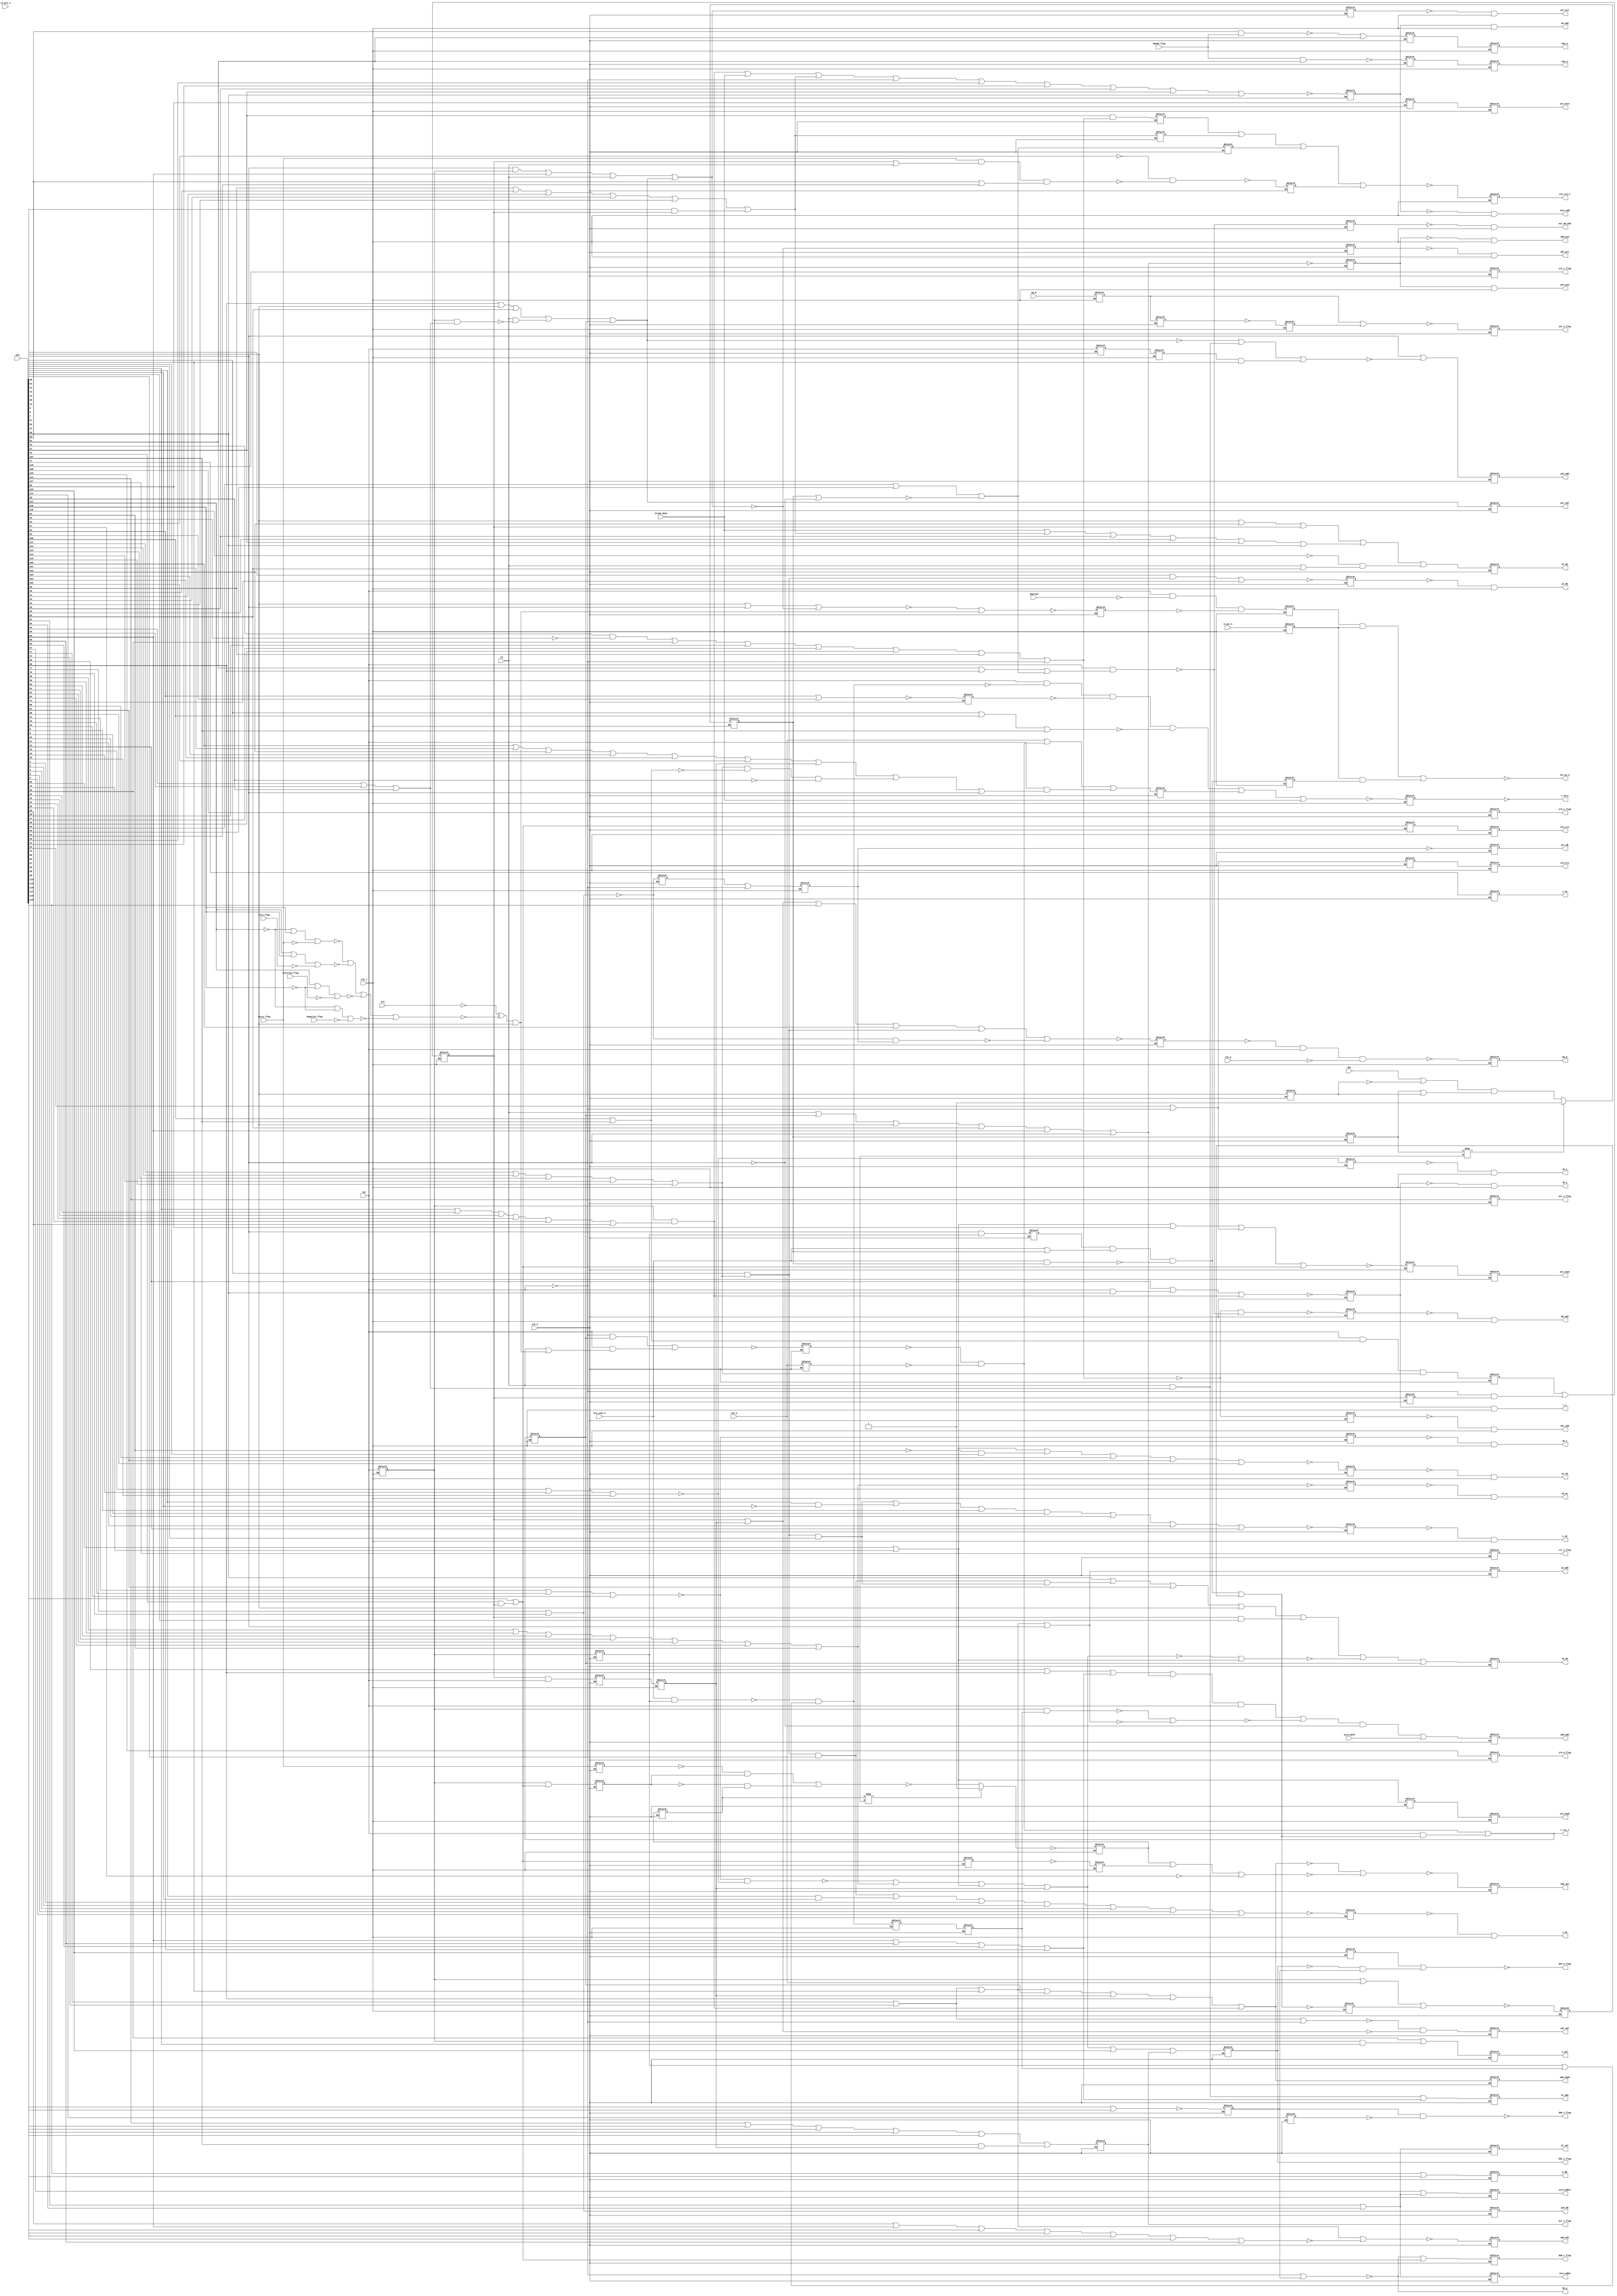
module random_control_logic(
  input clk_1,            //net: 710
  input clk_2,            //net: 943
  input SO_N,             //net: 1672; set overflow input pin
  input [129:0] pla,      //from rom_decode module
  input rdy,              //opposite polarity of net:248
  input res_p,            //net: 67;   clocked and inverted version of RESET_N input pin
  input res_g,            //net: 926;  reset in progress;
  input b_out_n,          //net: 827;  break in progress
  input implied,          //net: 1019; op code with implied addressing
  input tz_pre_n,         //net: 792;  indicates a two cycle opcode
  input t0,               //net: 646;  positive version of timing signal timing_n[0]
  input ir5,              //net: 1329; instruction register[5]
  input db7,              //net: 493;  data bus bit 7 used to test negativity
  input alu_cout_n,       //net: 206;  alu carry out (active low);
  input break_done,       //net: 1382; from interrupt and reset control;
  input zero_adl0,        //net: 217;  zero address low register bit 0;
  input carry_flag,       //net: 32;   processor status flag for carry
  input zero_flag,        //net: 627;  processor status flag for zero
  input negative_flag,    //net: 69;   processor status flag for negative
  input overflow_flag,    //net: 625;  processor status flag for negative
  input dmode_flag,       //net: 348;  processor status flag decimal mode
  output reg dl_db,       //net: 863;  drive data latch (dl) contents onto internal data bus (db)
  output reg dl_adl,      //net: 1564; drive data latch (dl) contents onto address data low (adl) bus
  output reg dl_adh,      //net: 41;   drive data latch (dl) contents onto address data high (adh) bus
  output reg zero_adh0,   //net: 229;  drive bit 0 of the address data high (adh) bus low
  output reg zero_adh17,  //net: 203   drive bits 1-7 of address dta high (adh) bus low
  output reg adh_abh,     //net: 821;  load address data high (adh) bus into address bus high reg (abh)
  output reg adl_abl,     //net: 639;  load address data low (adl) bus into address bus low reg (abl)
  output pcl_pcl,         //net: 898;  load program counter low select reg from program counter low reg
  output adl_pcl,         //net: 414;  load the program counter low select reg from the adl
  output inc_pc_n,        //net: 379;  increment the program counter (active low)
  output reg pcl_db,      //net: 283;  drive program counter low (pdcl) reg on to internal data bus (db);
  output reg pcl_adl,     //net: 438;  drive program counter low (pcl) register onto address data low (adl) bus
  output pch_pch,         //net: 741;  load program counter high select reg from program counter high reg
  output adh_pch,         //net: 48;   load program counter high select reg from address data high (adh) bus
  output reg pch_db,      //net: 247;  drive program counter high reg on to internal data bus;
  output reg pch_adh,     //net: 1235; driver program counter high (pch) reg onto address data high (adh) bus
  output reg sb_adh,      //net: 140;  connect speical bus (sb) to address data high (adh) bus with pass mossfets
  output reg sb_db,       //net: 1060; connect special bus (sb) to internal data bus (db) with pass mosfets
  output reg s_adl,       //net: 1468; drive stack pointer register onto address data low bus.
  output sb_s,            //net: 874;  load stack pointer register with contents of special bus.
  output s_s,             //net: 654;  immeidately pass stack pointer register input to stack pointer register output
  output reg s_sb,        //net: 1700; drive stack pointer register contents onto special bus
  output sb_ac,           //net: 534;  load the accumulator from the special bus decimal adjust adders
  output ac_db,           //net: 1331; drive accumulator contents onto internal data bus
  output ac_sb,           //net: 1698; drive accumulator contents onto special bus
  output sb_x,            //net: 1186; load special bus into x index register
  output x_sb,            //net: 1263; drive x index register contents onto special bus
  output sb_y,            //net: 325;  load special bus into y index register
  output y_sb,            //net: 801;  drive y index register contents onto special bus
  output not_db_add,      //net: 1068; load the negative value of the internal data bus into the b-side alu register
  output db_add,          //net: 859;  load internal data bus into b-side alu register
  output adl_add,         //net: 437;  load address data low bus into b-side alu register
  output reg daa_n,       //net: 1201; decimal add adjust
  output reg dsa_n,       //net: 725;  decimal subtract adjust
  output reg alu_cin_n,   //net: 1165; alu carry input
  output reg alu_sums,    //net: 921;  alu: a + b
  output reg alu_ands,    //net: 574   alu: a & b
  output reg alu_eors,    //net: 1666  alu: a ^ b; exclusive or
  output reg alu_ors,     //net: 59    alu: a | b
  output reg alu_srs,     //net: 362   alu: shift right
  output reg add_adl,     //net: 1015; load the address data low bus contents into the a-side alu register.
  output reg add_sb06,    //net: 129;  drive bits 0-6 of the adder hold register onto bits 0-6 of the special bus.
  output reg add_sb7,     //net: 214;  drive bit 7 of the adder hold register onto bit 7 of the special bus.
  output zero_add,        //net: 984;  load zero into a-side register of alu
  output sb_add,          //net: 549;  load special bus (sb) into b-side register of alu
  output reg p_db,        //net: 1042; drive processor status register (p) contents onto internal data bus (db).
  output reg db0_c_flag,  //net: 507;  set the carry flag according to bit 0 of the databus.
  output reg ir5_c_flag,  //net: 253;  set the carry flag according to instruction register bit 5.
  output reg acr_c_flag,  //net: 954;  set the carry flag according to alu carry out
  output db7_n_flag,      //net: 754;  set the negative_flag according to bit 7 of the databus
  output reg dbz_z_flag,  //net: 755;  set the zero flag if internal data bus equals zero, otherwise clear it
  output reg ir5_i_flag,  //net: 1662; set the interrupt mask flag according to instruction register bit 5.
  output reg ir5_d_flag,  //net: 1492; set the dmode_flag (decimal mode flag) according to instruction register bit 5.
  output db6_v_flag,      //net: 1111; set the overflow_flag according to bit 6 of the databus.
  output reg avr_v_flag,  //net: 1436; set the overflow flag according to the alu overflow output
  output reg set_v_flag,  //net: 1177; set overflow flag
  output reg clr_v_flag,  //net: 587;  clear overflow flag
  output db_p,            //net: 781;  load internal databus into processor status register
  output t_zero,          //net: 1357; reset timing registers
  output t_res_1,         //net: 109;  reset timing register 1 (aka sync when latched on c1)
  output reg RW_N         //net: 1156; read/write (low = write);
  );
  /*************************************************************************************************
   *
   *                                   t_zero
   *
   * t_zero is used to reset the timing signals
   *
   *************************************************************************************************/
   reg t_res_x_c1;   //net: 1528; same as net: 223
   assign t_zero = ~t_res_x_c1; //net: 1357

  /*
   * alu_cout_held_if_not_rdy (aka ACRL2); net: 916
   * alu_cout value held when rdy_c1_c2 goes low.  If rdy_c1_c2 is high,
   * then alu_cout_held_if_not_rdy just takes on the value of ~alu__cout_n
   */
  reg rdy_c1;       //net: 608 (net 1262 is the same)
  reg rdy_c1_c2;    //net: 853
  reg alu_cout_held_if_not_rdy_c1; //net: 1409
  reg alu_cout_held_if_not_rdy_c1_c2; ////net: 572 (aka ACRL1)
  wire alu_cout_held_if_not_rdy = ~(alu_cout_n & rdy_c1_c2) & (rdy_c1_c2 | alu_cout_held_if_not_rdy_c1_c2); //net: 916

 /*
  * short_circuit_idx_add; net: 1185
  * short_circuit_idx_add is used to short-cirucit the timing cycle (via t_res_x)
  * for indexed addressing.
  */
  reg ind_y_or_abs_idx;  //net: 729; pla[91:92]: x-op-T4-ind-y, x-op-T3-abs-idx
  //pla[97,106,107]: op-store, op-lsr/ror/dec/inc, op-asl/rol
  wire op_shift_or_store = pla[97] | pla[106] | pla[107]; //net: 1137
  wire short_circuit_idx_add = rdy & ~alu_cout_held_if_not_rdy & ~ind_y_or_abs_idx & ~op_shift_or_store; //net: 1185

  /*
  * op_mem_no_shift_inc_dec; net: 510
  * determines if the current opcode is doing a memory operation but not a memory shift, increment or decrement
  */
  //pla[111, 122-125]: op-T3-mem-zp-idx, op-T3-mem-abs, op-T2-mem-zp, op-T5-mem-ind-idx, op-T4-mem-abs-idx
  wire op_mem_n = ~(pla[111] | pla[122] | pla[123] | pla[124] | pla[125]); //net: 347
  wire op_shift_inc_dec_n = ~(pla[106] | pla[107]); //net: 790; pla[106,107]: op-lsr/ror/dec/inc, op-asl/rol
  wire op_mem_no_shift_inc_dec = ~op_mem_n & op_shift_inc_dec_n & ~pla[96]; //net: 510;  pla[96]: x-op-jmp

  /*
  * shift_inc_dec_mem_c1; net: 440
  * clocked versions of op_shift_inc_dec_n & op_mem_n combined with rdy
  * if high, cpu is doing a shift or increment or decrement in memory and rdy is high
  * if rdy is low, hold the current value
  */
  reg shift_inc_dec_mem_c1; //net: 440 (aka t5)
  reg shift_inc_dec_mem_c1_c2; //net: 151
  reg op_shift_inc_dec_mem_c2; //net: 456
  wire op_shift_inc_dec_mem = rdy & ~op_shift_inc_dec_n & ~op_mem_n; //net: 191
  wire shift_inc_dec_mem = op_shift_inc_dec_mem_c2 | (~rdy & shift_inc_dec_mem_c1_c2);  //opposite polarity of net: 1039

  /*
  * shift_inc_dec_mem_rdy_c2_c1: net 1258
  * a further check with rdy and then gated on clk_2 then clk_1
  */
  reg shift_inc_dec_mem_rdy_c2; //net: 1497
  reg shift_inc_dec_mem_rdy_c2_c1; //net: 1258 (aka t6)
  wire shift_inc_dec_mem_rdy = shift_inc_dec_mem_c1 & rdy; //opposite polarity of net: 504

  /*
  * force_t_res_x_c2: net 238
  */
  reg force_t_res_x_c2; //net 238
  //op_stack is high when doing an opcode that requires pushing or pulling from the stack;
  //pla[100:105]: op-T2-php/pha, op-T4-jmp, op-T5-rti/rts, xx-op-T5-jsr, op-T2-jmp-abs, x-op-T3-plp/pla
  wire op_stack = pla[100] | pla[101] | pla[102] | pla[103] | pla[104] | pla[105]; //net; 218
  wire end_x = ~(op_stack | shift_inc_dec_mem_rdy_c2_c1 | op_mem_no_shift_inc_dec | pla[93]); //net: 1716; pla[93]: op-t3-branch
  wire end_x_rdy = rdy & ~end_x; //net: 180
  wire force_t_res_x = res_p  | pre_fetch_rdy | end_x_rdy; //opposite polarity of net: 501

  /*
  * t_res_x; net: 1215
  * t_res_x is captured on clk_1 to genrate t_res_x_c1 (aka ~T_ZERO)
  * t_res_x_c1 has the opposite polarity of net:1357 used to clear the timing registers.
  */
  wire t_res_x = ~(short_circuit_idx_add | force_t_res_x_c2 | break_done); //net: 1215


  /*************************************************************************************************
  *
  *                          logic for t_res_1_c1 (same as SYNC)
  *
  *************************************************************************************************/
  reg t_res_1_c1;   //net: 1161;  same as sync; same as net: 862

  /*
  * br_taken_n; net: 1544
  * Logic that determines whether a branch will be taken or not.
  */
  //pla[121, 126]: ir[6], ir[7]
  wire br_carry_met = ~(~pla[121] | pla[126] | ~carry_flag);       //net: 307
  wire br_zero_met = ~(pla[121] | pla[126] | ~zero_flag);          //net: 1293
  wire br_negative_met = ~(~pla[121] | ~pla[126] | ~negative_flag); //net: 1371
  wire br_overflow_met = ~(pla[121] | ~pla[126] | ~overflow_flag); //net: 1433
  wire br_cond_met_n =  ~(br_carry_met | br_zero_met | br_overflow_met | br_negative_met); //net: 620
  wire br_taken_n = ~ir5 ^ br_cond_met_n;  //branch taken; net: 1544

  /*
  * pre_fetch_rdy; net: 819
  * Logic that determines whether the cpu should fetch on the next C1 cycle or not.
  */
  reg res_p_c2; //net: 449
  reg pre_fetch_n_c2; //net: 596
  wire t2_br_taken_n = br_taken_n & pla[80]; //net: 1172; (pla[80] aka nnT2br)
  wire hold_sync = ~rdy & t_res_1_c1;
  wire pre_fetch_n = ~(hold_sync | (rdy & (t0 | t2_br_taken_n))); //net: 1085
  wire pre_fetch_rdy = ~pre_fetch_n_c2 & ~res_p_c2; //net: 819

  /*
  * short_circuit_branch_add; net: 430
  * deterimines if we need to short circuit the timing cycle and force a SYNC due to
  * a branch add.
  */
  reg t2_br_c2; //c2 latched version of pla[80]; net: 1269
  reg branch_back_c1; //net: 756; same as net: 771 which is 756 doubly negated
  reg branch_back_c1_c2; //net 1198
  //since branch_back depends on a circular path with branch_back_c1_c2 we need a few clock cycles to stabilize
  wire branch_back = (branch_back_c1_c2 === 1'bx) ? 1'b1 : (db7 | ~t2_br_c2) & (branch_back_c1_c2 | t2_br_c2); //net: 626
  reg op_t3_branch_rdy_c2; //net: 899; opposite polarity of net: 850
  wire op_t3_branch_rdy = pla[93] & rdy_c1_c2; //net: 19
  wire branch_back_or_carry = alu_cout_n | branch_back_c1;
  wire branch_back_and_carry = alu_cout_n & branch_back_c1;
  wire short_circuit_branch_add = op_t3_branch_rdy_c2 & branch_back_or_carry & ~branch_back_and_carry; //net: 430

  /*
  * t_res_1; net: 109
  * Essentially SYNC but before being captured on C1.
  */
  reg short_circuit_n_c1;   //net: 323
  reg short_circuit_hold_c2; //net: 294
  wire short_circuit_hold = ~(rdy_c1 | res_p | short_circuit_n_c1); //net: 14
  wire short_circuit_n = ~(short_circuit_branch_add | short_circuit_hold_c2); //net: 959
  wire short_circuit_rdy = rdy & ~short_circuit_n; //net: 1154
  assign t_res_1 = pre_fetch_rdy | short_circuit_rdy; //net: 109

  /*************************************************************************************************
  *
  *                          dl_db
  *  Drive input data latch contents onto internal data bus.
  *  There are several cases where we need to load the data onto the internal data bus:
  *     - a break needs to load a vector into the program counters
  *     - we are pulling from the stack into the accumulator or the status register
  *     - we need to store the offset of a relative branch into the stack pointer
  *     - we are doing an indexed operation and need to load the oeprand into the alu
  *     - we are doing a compare and need to load the operand into the alu
  *     - we are doing a math operation and need to load the operand into the alu
  *     - we are loading the x or y registers
  *
  *************************************************************************************************/
  //pla[39-43]: op-T3-ind-x, op-T4-ind-y, op-T2-ind-y, op-T3-abs-idx, op-plp/pla
  wire op_indexed_or_stack_pull = pla[39] | pla[40] | pla[41] | pla[42] | pla[43];
  wire inc_sb = op_indexed_or_stack_pull | (pla[44] & shift_inc_dec_mem_c1); //net: 389; increment special bus; pla[44] = op-inc/nop
  //pla[45]-pla[48]: op-T4-ind-x, x-op-T3-ind-y, op-rti/rts, op-T2-jsr
  wire dl_db_input1 = break_done | inc_sb | pla[45] | pla[46] | pla[47] | pla[48]; //net: 847
  //pla[128] = op-implied, pla[84] = op-T2-abs-access
  wire t0_or_t2_abs = ~pla[128] & (t0 | pla[83]); //net: 275; pla[128] is net: 1006 (twice negated to get net: 1697)
  //pla[80] = op-T2-branch, pla[102] = op-T5-rti/rts
  wire pre_dlb_db_n = ~(pla[80] | pla[102] | shift_inc_dec_mem_c1 | dl_db_input1 | t0_or_t2_abs); //net: 104

  /*************************************************************************************************
  *
  *                          dl_adl & dl_adh
  *  dl_adl = Drive data latch contents onto internal address low bus
  *  dl_adh = Drive data latch contents onto internal address high bus
  *
  *  dl_adl is used when we are doing a zero page operation and need to load the address low bus
  *
  *  dl_adh is used in the following cases:
  *     - we are returning from a break or jsr and the stack has placed the return address on the data bus
  *     - we are doing an indrect address instruction and the operand holds the address of the address we need
  *
  *************************************************************************************************/
  //dl_adl; net: 1564 (buffer of net 291)
  //pla[81-82]: op-T2-zp/zp-idx, op-T2-ind
  wire pre_dl_adl_n = ~(pla[81] | pla[82]); //net: 1225; zero page, zero page indexed or indirect

  //dl_adh; net: 41 (buffer of net 1277)
  //pla[94-96]: op-brk/rti, op-jsr, x-op-jmp
  wire jump_break_n = ~(pla[94] | pla[95] | pla[96]); //net: 134
  wire dl_pch = t0 & ~jump_break_n; //net: 467; //stack has placed return address on data bus
  //pla[84], pla[89-90]: op-T5-rts, op-T5-ind-x, op-T3-abs/idx/ind, x-op-T4-ind-y
  wire indirect = (pla[84] | pla[89] | pla[90] | pla[91]); //net: 630
  wire pre_dl_adh_n = ~(dl_pch | indirect); //net: 1705

 /*************************************************************************************************
 *
 *                          zero_adh0 & zero_adh17
 * zero-adh0  = Set address high bus bit 0 to zero
 * zero_adh17 = set address high bus bits 1 through 7 to zero.
 *
 * Used for the following cases:
 *   - to clear the entire address high bus when doing a zero page operation (ie; dl_adl)
 *   - we are accessing the stack and need to zero out bits 1 through 7 of the address high bus
 *
 *************************************************************************************************/
 //zero_adh0 is the same as dl_adl so no extra logic required for zero_adh0
 wire pre_zero_adh17_n = ~(pla[57] | ~pre_dl_adl_n); //net: 1090; pla[57] is opt-t2-stack-access

 /*************************************************************************************************
 *
 *                                      sb_adh
 * Enable pass mosfets to connect the special bus with the address data high bus.
 *
 * Used in the following cases:
 *  - we are doing an absolute indexed operation and need to to math on the address (pla[71])
 *  - we are doing an indirect, y operation and need to do math on the address (pla[72])
 *  - we are doing a relative branch and need to add the offset to the current address (pla[93])
 *  - we are doing a relative branch and need to load the final address from the alu (pla[73])
 *
 *************************************************************************************************/
 //sb_adh: net: 140 (buffer of net 1596)
 //adh_math = op-T4-abs-idx | op-T5-ind-y | op-branch-done;
 wire adh_math = (pla[71] | pla[72] | pla[73]); //net: 192
 //pla[93] is net:660 and twice inverted is net: 236; opt-t3-branch aka br_3
 wire pre_sb_adh_n = ~(adh_math | pla[93]); //net: 506;

 /*************************************************************************************************
 *
 *                                  adh_pch & pch_pch
 * adh_pch = Drive address high bus into program counter high select register.
 * pch_pch = Drive program counter high register into program counter high select register.
 *
 * adh_pch loads the program counter high select register so it can be incremented:
 *   - after a prefetch cycle (t0)
 *   - after a fetch cycle (t_res_1_c1 aka sync)
 *   - after a t2 branch cycle (pla[80])
 *   - after a t2 absolute access cycle (pla[83]) to lead the new address
 *   - after a t5 rts cycle in order to load the return address (pla[84])
 *   - after a t3 branch cycle to lead the new address (pla[93])
 *
 * pch_pch loads the program counter high select register from the program counter high register
 * and occurs on cycles where we are not loading the select register from the address high data bus (adh_pch)
 *
 *************************************************************************************************/
 //adh_pch: net: 48 (buffer of net 21)
 reg pre_adh_pch_n_c2; //net: 1162
 //pla[80, 83, 84, 93]: op-T2-branch, op-T2-abs-access, op-T5-rts, op_t3_branch
 wire pre_adh_pch_n = ~(t0 | t_res_1_c1 | pla[80] | pla[83] | pla[84] | pla[93]); //net: 272
 assign adh_pch = (~pre_adh_pch_n_c2 & clk_1); //net: 21 (then buffered to become net: 48)

 //pch_pch; net: 741 (buffer of net 611)
 assign pch_pch = (pre_adh_pch_n_c2 & clk_1);  //net: 611 (then buffered to become net: 741)

 /*************************************************************************************************
 *
 *                                  adh_abh
 * load address data high bus into address bus high register.
 *
 * We usually load the address bus high (abh) register with the address data high (adh) bus unless we are
 * using the adh for break, stack pull, jsr, or math operations on the address needed by indexed operations
 *
 *************************************************************************************************/
 //adh_abh; net: 821 (buffer of net 582)
 //pla[28] = net 788 = t2; pla[56] = net 776 and twice inverted to give 1002 as equivalent as op-t5-jsr
 wire using_adh_n = ~(pla[28] | pla[56] | indirect | ~pre_adh_pch_n); //net: 152; using adh for math, stack, etc
 wire using_adh_rdy = ~using_adh_n & rdy; //net: 1343
 wire hold_cout_n = ~(rdy_c1 & alu_cout_held_if_not_rdy_c1_c2);  //net: 933
 wire hold_cout_or_sb_adh = ~(hold_cout_n | pre_sb_adh_n); //net: 877
 wire adh_in_use = using_adh_rdy | hold_cout_or_sb_adh;
 wire pre_adh_abh_n = ~((adh_in_use & ~pla[93]) |  zero_adl0); //net: 696; pla[93] is opt-t3-branch

 /*************************************************************************************************
 *
 *                                  adl_abl
 * load address data low bus into address bus low register.
 *
 * We almost always load the address bus low (abl) register with the  address data low (adl) bus
 * on every cycle.  The exceptions are:
 *    - do not load when calculating absolute indexed address
 *    - do not load when calculating indirect, y address
 *    - do not load during a shift in memory operation which takes a few cycles
 *
 *************************************************************************************************/
 //adl_abl; net: 639 (buffer of net 220)
 wire t4_abs_idx_or_t5_ind_y_n = ~(pla[71] | pla[72] | ~rdy); //net: 46; pla[71,71]: t4-abs-idx, t5-ind-y
 wire t5_t6_n = ~(shift_inc_dec_mem_c1 | shift_inc_dec_mem_rdy_c2_c1);
 wire pre_adl_abl_n = ~(t4_abs_idx_or_t5_ind_y_n & t5_t6_n); //net: 190

 /*************************************************************************************************
 *
 *                                  adl_pcl & pcl_pcl
 * adl_pcl = load program counter low select register from address data low bus
 * pcl_pcl = load program counter low select register from program counter low register
 *
 * We load the program counter low (pcl) select register from the address data low (adl) bus when:
 *   - we are prefetching (t0)
 *   - we are calculating a branch offset
 *   - we are returning form a subroutine and the stack pointer register is driving the adl bus
 *   - we are driving the address low data bus from the program counter low register
 *
 * Anytime a cycle is not loading the pcl select register from the adl bus, we load it from the
 * program counter low (pcl) bus.
 *
 *************************************************************************************************/
 //adl_pcl; net: 414 (buffer of net 818)
 reg pre_adl_pcl_n_c2; //net: 265
 wire br_3_rdy = pla[93] & rdy_c1; //pla[93] = op-t3-branch
 wire pre_adl_pcl_n = ~(br_3_rdy | pla[84] | t0 | ~pre_pcl_adl_n); //net: 182; pla[84] = op-T5-rts
 assign adl_pcl = (~pre_adl_pcl_n_c2 & clk_1); //net: 818 which is then buffered to drive net: 414

 //pcl_pcl; net: 127 (buffer of 1270)
 reg pre_pcl_pcl_n_c2; //net: 509
 wire pre_pcl_pcl_n = ~pre_adl_pcl_n;  //net: 442; opposite polarity of pre_adl_pcl_n
 assign pcl_pcl = (~pre_pcl_pcl_n_c2 & clk_1); //net: 127 wich is then buffered t odrive net: 898

 /*************************************************************************************************
 *
 *                                  pcl_adl
 * Drive contents of program counter low register onto address data low bus.
 *
 * pcl_adl is active for the following conditions:
 *   - during a jsr command in order to load the current program counter onto the stack
 *   - during a branch command in order to lad the current progam counter onto the stack
 *   - during t0 as long as it's not a branch,jump, or break so that pcl can be loaded into the low address bus
 *   - during sync so that the pcl can be loaded into the low address bus
 *
 *************************************************************************************************/
 wire jump_break_rdy = rdy_c1 & ~jump_break_n; //net: 930
 wire t0_no_jump = t0 & ~jump_break_rdy; //net: 1286
 //pla[56, 80, 83]: op-T5-jsr, op-T2-branch, op-T2-abs-access
 wire pre_pcl_adl_n = ~(pla[56] | pla[80] | pla[83] | t0_no_jump | t_res_1_c1); //net: 1211

 /*************************************************************************************************
  *
  *                                  pch_adh
  *  Drive contents of program counter high register onto address data high bus
  *
  * pch_adh is active for the following conditions:
  *   - during a branch relative in order to load the program counter high register into the alu a-side
  *     register in case we cross a page boundary and need to increment it for forward branch or decrement
  *     for backward branch.  pla[93] indicates this condition.
  *   - anytime the porgram counter low is being driven onto the address low data bus (pcl_adl) and
  *     the stack is not being used (dl_pch is low) and we are not in the first cycle of a branch (br_0 is low)
  *
  *************************************************************************************************/
  //pch_adh: net: 1235 (buffer of net 598)
  reg rdy_c2; //net: 865
  reg rdy_c2_c1; //opposite polarity of net: 603
  wire br_0 = rdy_c2_c1 & pla[73]; //net: 1721; pla[73] = op-branch-done;
  wire fire_pch_adh = ~(pre_pcl_adl_n | dl_pch | br_0); //net: 10
  wire pre_pch_adh_n = ~(pla[93] | fire_pch_adh); //net: 176; pla[93] = op-t3-branch

 /*************************************************************************************************
 *
 *                                  inc_pc_n
 * Increment program counter when low. aka program counter carry in.
 *
 * The program counter increments on almost every cycle except for the following cases:
 *  - do not increment pc during breaks (reset or interrupts)
 *  - do not increment pc during relative jumps when we are calculating the jump address
 *  - do not increment the pc when we are loading the program counter for a non-branch instruction
 * - do not increment the pc during the first cycle of an impled instruction (which takes two cycles)
 *
 *************************************************************************************************/
 reg b_out_n_c1;  //net: 1472; b_out_n captured on c1; break in progress
 reg short_circuit_branch_add_c1;  //net: 1570; short_circuit_branch_add captured on c1
 reg inc_pc_c_c1;  //net: 1581; inc_pc_c (net 1275) captured on c1
 reg next_pc_n_c2;   //net: 832; net 586 captured on c2
 wire br_2_or_3 = pla[80] | pla[93]; //net: 1448; pla[80, 93]: op-T2-branch, op-t3-branch
 wire loading_pc_and_not_branching = ~(br_2_or_3 | pre_adl_pcl_n); //net: 1619
 wire br_2_not_taken = br_taken_n & pla[80]; //pla[80] = op-T2-branch
 wire next_pc_n = ~(loading_pc_and_not_branching | br_2_not_taken); //net: 586

 wire inc_pc_c = rdy & ~implied & ~next_pc_n_c2; //net: 1275

 assign inc_pc_n = ~((inc_pc_c_c1 & b_out_n_c1) | (b_out_n_c1 & short_circuit_branch_add_c1));  //net: 379

/*************************************************************************************************
 *
 *                          pch_db & pcl_db
 *  pch_db = drive program counter high (pch) onto internal data bus (db)
 *  pcl_db = drive program counter low (pcl) onto internal data bus (db)
 *
 *  The program counter high (pch) address is put on the internal data bus:
 *      - during a branch so the alu can add (forward branch) or subtract one (backwards branch) in
 *        case the branch crosses a page boundary.
 *      - during a jsr in order to put the current address on the stack
 *
 *  The program counter low (pcl) address is put on the internal data bus whenever the program counter
 *  high address is not being put on the internal data bus.
 *
 *************************************************************************************************/
 //pch_db
 reg pre_pch_db_n_c2; //net: 56
 wire pre_pch_db_n = ~(pla[77] | pla[78]); //op_t2_br or op_t3_jsr; net: 824

 //pcl_db
 reg pre_pcl_db_n_c1; //net: 462
 wire pre_pcl_db = ~(pre_pch_db_n_c2 | ~rdy); //net: 720

 /*************************************************************************************************
 *
 *                                  sb_ac
 * Drive special bus contents (decimal adjusted if need be) into accumulator.
 *
 * The special bus is loaded into the accumulator during the following operations:
 *   - loading the accumulator with LDA
 *   - transfer of x or y register to accumulator with TXA or TYA
 *   - pulling stack into accumulator with PLA
 *   - an accumulator shift operation: ASL A, LSR A, ROL A, or ROR A
 *   - a math operation: ADC, SBC, ORA, AND, or EOR
 *
 *************************************************************************************************/
 reg pre_sb_ac_n_c2; //net: 1505
 //pla[58-64]: op-T0-tya, op-T+-ora/and/eor/adc, op-T+-adc/sbc, op-T+-shift-a, op-T0-txa, op-T0-pla, op-T0-lda
 wire pre_sb_ac_n = ~(pla[58] | pla[59] | pla[60] | pla[61] | pla[62] | pla[63] | pla[64]); //net 1455
 assign sb_ac = (~pre_sb_ac_n_c2 & clk_1);  //net: 534

 /*************************************************************************************************
 *
 *                                  ac_db
 * Drive accumulator contents onto internal data bus.
 *
 * The accumulator contents is driven onto the internal data bus:
 *    - when storing accumulator on the stack (PLA)
 *    - when storing the accumulator in memory (STA)
 *    - when comparing the accumulator with memory (CMP) so that the accumulator can be loaded
 *      into the b-side alu register while the memory contents is loaded into the a-side alu register
 *
 *************************************************************************************************/
 reg pre_ac_db_n_c2; //net: 266
 wire store_accumulator = pla[79] & store; //pla79 =  op-sta/cmp
 wire pre_ac_db_n = ~(store_accumulator | pla[74]); //net: 1037; pla74 = op-T2-pha
 assign ac_db = (~pre_ac_db_n_c2 & clk_1);  //net: 1331

 /*************************************************************************************************
 *
 *                                  ac_sb
 * Drive accumulator contents onto special bus.
 *
 * The accumulator contents are driven onto the special bus during all operations that involve the
 * accumulator except LDA, PLA, or TXA which load the accumulator from the special bus.
 *
 *************************************************************************************************/
 reg pre_ac_sb_n_c2; //net: 55
 wire op_t0_accumulator = ~pla[64] & pla[65]; //pla[64,65]: op-T0-lda, op-T0-acc
 //pla[66-68]: op-T0-tay, op-T0-shift-a, op-T0-tax
 wire pre_ac_sb_n = ~(op_ands | op_t0_accumulator | pla[66] | pla[67] | pla[68]); //net: 11
 assign ac_sb = (~pre_ac_sb_n_c2 & clk_1); //net: 1698

 /*************************************************************************************************
 *
 *                                  sb_x & x_sb
 * sb_x = load special bus into x register
 * x_sb = drive x register contents onto special bus
 *
 * The special bus contents are loaded into the x register using sb_x for the following operations:
 *    - LDX: load X
 *    - TAX: transfer accumulator to X
 *    - TSX: transfer stack pointer to X
 *    - DEX: decrement X
 *    - INX: increment X
 *
 * THe x register contents are loaded onto the special bus using x_sb for the following operations:
 *    - STX: store X
 *    - TXA: transfer X to accumulator
 *    - TSX: transfer stack to accumulator
 *    - INX: increment X
 *    - DEX: drecrement X
 *    - CPX: compare with X
 *    - operations that use one of the following addressing modes:
 *          - absolute, X-indexed operations
 *          - X-indexed, indirect operations
 *          - zeropage, X-indexed
 *
 *************************************************************************************************/
 //sb_x
 reg pre_sb_x_n_c2; //net: 459
 //pla[14-16]: op-T0-ldx/tax/tsx, op-T+-dex, op-T+-inx
 wire pre_sb_x_n = ~(pla[14] | pla[15] | pla[16]); //net: 844
 assign sb_x = (~pre_sb_x_n_c2 & clk_1); //net: 1186

 //x_sb
 reg pre_x_sb_n_c2; //net: 1404
 wire store_x = store & pla[12]; //pla[12]: op-from-x
 wire op_t2_idx_x = pla[6] & ~pla[7]; //pla[6,7]: op-T2-idx-x-xy, op-xy
 //pla[8-11,13]: op-T2-ind-x, x-op-T0-txa, op-T0-dex, op-T0-cpx/inx, op-T0-tsx
 wire pre_x_sb_n = ~(store_x | op_t2_idx_x | pla[8] | pla[9] | pla[10] | pla[11] | pla[13]); //net: 1106
 assign x_sb = (~pre_x_sb_n_c2 & clk_1); //net: 1263

 /*************************************************************************************************
 *
 *                                  sb_y & y_sb
 * sb_y = load special bus into y register
 * y_sb = drive y register contents onto special bus
 *
 * The special bus contents are loaded into the y register using sb_y for the following operations:
 *    - LDY: load Y
 *    - TAY: transfer accumulator to Y
 *    - DEY: decrement Y
 *    - INY: increment Y
 *
 * THe y register contents are loaded onto the special bus using y_sb for the following operations:
 *    - STY: store Y
 *    - TYA: transfer Y to accumulator
 *    - INY: increment Y
 *    - DEY: drecrement Y
 *    - CPY: compare with Y
 *    - operations that use one of the following addressing modes:
 *          - absolute, Y-indexed operations
 *          - indirect, Y-indexed operations
 *          - zeropage, Y-indexed
 *
 *************************************************************************************************/
 //sb_y
 reg pre_sb_y_n_c2; //net: 460
 //pla[18-20]: op-T+-iny/dey, op-T0-ldy-mem, op-T0-tay/ldy-not-idx
 wire pre_sb_y_n = ~(pla[18] | pla[19] | pla[20]); //net: 616
 assign sb_y = (~pre_sb_y_n_c2 & clk_1); //net: 325

 //y_sb
 reg pre_y_sb_n_c2; //net: 1113
 wire store_y = store & pla[0]; //pla[0]: op-sty/cpy-mem
 wire opt_t2_idx_y = pla[6] & pla[7]; //pla[6,7]: op-T2-idx-x-xy, op-xy
 //pla[1-5]: op-T3-ind-y, op-T2-abs-y, op-T0-iny/de, x-op-T0-tya, op-T0-cpy/iny
 wire pre_y_sb_n = ~(store_y | opt_t2_idx_y | pla[1] | pla[2] | pla[3] | pla[4] | pla[5]); //net: 1717
 assign y_sb = (~pre_y_sb_n_c2 & clk_1); //net: 801

 /*************************************************************************************************
 *
 *                                  sb_db
 * Enable pass mosfets to connect the special bus with the internal data bus.
 *
 * The special bus (sb) is connected to the internal data bus (db) using sb_db for the following:
 *   - when storing the x or y registers in memory
 *   - when doing a jump to subroutine (jsr) in order to store the low address of the jsr into the
 *     stack pointer register so that it can be driven onto the adl bus.
 *   - when doing an accumulator shift so that the accumulator can be put into the b-side register of the alu.
 *   - when doing a memory shift, increment or decrement so that the memory contents can be put into the
 *     b-side register of the alu.
 *   - when doing an AND or BIT operation so that the memory contents can be put into the b-side register of the alu.
 *   - when driving the accumulator contents onto the special bus so that it can be loaded in the b-side register.
 *   - when doing a relative branch so the adl can be put into the b-side register fo the alu.
 *   - during the sync cycle in case the operand needs to be put into the adl, x, or y registers.
 *
 *************************************************************************************************/
 //sb_db: 1060 (buffer of net 1295)
 wire store = pla[97] & ~op_mem_n; //net: 335; pla[97]: op-store; store in memory
 //pla[0,12]: op-sty/cpy-mem, op-from-x
 wire stxy_n = ~((store & pla[0]) | (store & pla[12])); //net: 1303; store x or y in memory
 wire jsxy = pla[48] | ~stxy_n; //net: 782; jsr or store xy; pla[48]: op-T2-jsr

 wire shift_in_mem = shift_inc_dec_mem_c1 & pla[55];  //net: 979; pla[55]: op-shift
 wire sb_xy = ~(pre_sb_x_n & pre_sb_y_n); //net: 946
 wire op_ands = pla[69] | pla[70]; //net: 1228; pla[69,70]: op-T0-bit, op-T0-and
 wire z_test_n = ~(sb_xy | ~pre_sb_ac_n | op_ands | shift_inc_dec_mem_rdy_c2_c1); //net: 384; z_test_n
 wire z_test_not_ands = ~(z_test_n | op_ands); //net: 550
 //pla[67, 80]: op-T0-shift-a, op-T2-branch; t_res_1_c1 = sync
 wire pre_sb_db_n = ~(jsxy | pla[67] | pla[80] | shift_in_mem | z_test_not_ands | t_res_1_c1); //net: 1347

 /*************************************************************************************************
 *
 *                                  s_adl
 * Drive stack pointer contents onto address data low bus.
 *
 * The stack pointer (s) is driven on the address data low (adl) via s_adl:
 *    - during any stack operations (PHP, PHA, PLP, PLA)
 *    - during a jump to subroutine (JSR)
 *
 *************************************************************************************************/
 //pla[35] = op_t2_stack; pla[21] = op_t0_jsr
 wire pre_s_adl_n = ~(pla[35] | (rdy_c1 & pla[21])); //net: 632

 /*************************************************************************************************
 *
 *                                  sb_s & s_s & s_sb
 * sb_s = Load special bus contents into stack pointer.
 * s_s = immediately pass stack pointer input to stack pointer output
 * s_sb = drive stack pointer onto special bus
 *
 * The special bus (sb) contents are loaded into the stack pointer (s) during stack operations vis sb_s:
 *    - storing to the stack during PHP or PHA
 *    - retreiving from the stack during PLP, PLA, or TSX
 *    - storing or retreiving addresses for JSR and RTS
 *    - storing or reteiving addresses for breaks (reset, interrupts) and RTI
 *
 * s_s is used to immediately pass the stack pointer intput to the stack pointer output anytime
 * sb_s is not asserted.  When sb_s is asserted, the stack pointer output will reflect the input on clk_2
 *
 * s_sb is used to place the stack pointer on the special to load into the X register during TSX commands
 *
 *
 *
 *************************************************************************************************/
 //sb_s net:874
 reg pre_sb_s_n_c2; //net: 521
 //pla[21-26]: op-T0-jsr, op-T5-brk, op-T0-php/pha, op-T4-rts, op-T3-plp/pla, op-T5-rti
 wire stack_op_n = ~(pla[21] | pla[22] | pla[23] | pla[24] | pla[25] | pla[26]); //net: 1464
 wire stack_op_rdy = rdy_c1 & ~stack_op_n; //net: 1109
 wire jsr_rdy = rdy & pla[48]; //pla[48]: op-T2-jsr
 wire pre_sb_s_n = ~(pla[13] | jsr_rdy | stack_op_rdy); //net: 1358; pla[13]: op-T0-tsx
 assign sb_s = (~pre_sb_s_n_c2 & clk_1); //net: 874

 //s_s net:654
 assign s_s = (pre_sb_s_n_c2 & clk_1); //net: 654

 //s_sb net:1700
wire pre_s_sb_n = ~pla[17]; //net: 1586; pla17 = op-T0-tsx

 /*************************************************************************************************
  *
  *                                       Decimal Mode Adjust
  *                                          daa_n & dsa_n
  * daa_n = decimal add adjust
  * dsa_n = decimal subtract adjust
  *
  * daa_n goes low when we are doing an ADC when the decimal mode flag is set and we might need
  * to adjust the alu output.
  *
  * dsa_n goes low when we are doing an SBC when the decimal mode flag is set and we might need
  * to adjust the alu output.
  *
  *************************************************************************************************/
  //daa_n
  reg pre_daa_n_c2;  //net: 680
  wire dmode_adc_sbc_n = ~(pla[52] & dmode_flag); //net: 673; pla[52]: op-T0-adc/sbc
  wire pre_daa_n = (dmode_adc_sbc_n | pla[51]); //net: 1688; pla[51]: op-T0-sbc

  //dsa_n
  reg pre_dsa_n_c2; //net: 561
  wire pre_dsa_n = ~(dmode_flag & pla[51]); //net: 29; pla[51]: op-T0-sbc

 /*************************************************************************************************
  *
  *                                       adl_add
  * alu b-side load: load address data low bus into alu b-side register
  *
  * the alub-side register gets loades with the address data low (adl) bus via adl_add when:
  *     - pulling from the stack so we can increment the stack pointer register using the alu
  *     - pushing data on the stack so we can drecrement the stack pointer register using the alu
  *
  *************************************************************************************************/
  reg pre_adl_add_n_c2; //net: 1477
  wire adl_add_not_t0 = pla[33] & ~pla[34]; //pla[33,45]: op-T2-ADL/ADD, op-T0
  //pla[35-39]: op-T2-stack, op-T3-stack/bit/jmp, op-T4-brk/jsr, op-T4-rti, op-T3-ind-x
  wire pre_adl_add_n = ~(adl_add_not_t0 | pla[35] | pla[36] | pla[37] | pla[38] | pla[39] | ~rdy); //net: 604
  assign adl_add = (~pre_adl_add_n_c2 & clk_1);  //net: 437


/*************************************************************************************************
 *
 *                                    not_db_add & db_add
 * not_db_add = alu b-side load: load inverted version of the internal data bus into alu b-side register.
 * db_add = alu b-side load: load internal data bus into alu b-side register
 *
 * not_db_add is active when:
 *    - doing a subtract operation (SBC)
 *    - doing a relative branch backwards
 *    - doing a compare with the x or y registers
 *    - incrementing the x or y registers
 *    - doing a jump to subroutine so we can load FF (-1) into b-side register to decrement the stack pointer
 *
 * db_add is active whenver neither adl_add nor not_db_add is active.
 *
 *************************************************************************************************/
 reg pre_not_db_add_n_c2; //net: 805
 wire t3_branch_back = ~(branch_back_c1 | ~pla[93]); //net: 1055; pla[93]: op-t3-branch
 //pla[49, 50]: op-T0-cpx/cpy/inx/iny, op-T0-cmp
 wire bb_or_cpxy_or_inxy = pla[49] | pla[50] | t3_branch_back; //net: 1081
 //pla[51,56]: op-T0-sbc, op-T5-jsr
 wire pre_not_db_add_n = ~(rdy & (pla[51] | pla[56] | bb_or_cpxy_or_inxy)); //net: 779
 assign not_db_add = (~pre_not_db_add_n_c2 & clk_1);  //net: 1068

 //db_add
 reg pre_db_add_n_c2; //net: 688
 wire pre_db_add_n = ~(pre_adl_add_n & pre_not_db_add_n); //net: 1594
 assign db_add = (~pre_db_add_n_c2 & clk_1); //net: 859

 /*************************************************************************************************
 *
 *                                       alu_cin_n
 * Carry input to alu
 *
 * alu_cin_n is high except when set to low for any of the following:
 *   - return from an interrupt (RTI) or JSR (RTS) in order to decrement the stack pointer
 *   - incrementing contents on the special bus
 *   - branching backwards
 *   - comparing with the x or y registers
 *   - incrementing the x or y registers
 *   - if the carry flag is set during a ADC, SBC, ROL, or ROR operation
 *
 *************************************************************************************************/
 reg return_and_adl_add_c2; //net: 1652
 reg inc_sb_c2; //net: 614
 reg bb_or_cpxy_or_inxy_c2; //net: 960
 reg c_set_c2; //net: 848
 wire return_and_adl_add = pla[47] & ~pre_adl_add_n; //net: 385; pla[47]: op-rti/rts
 wire shift_inc_dec_mem_or_t0_n = ~(shift_inc_dec_mem_c1 | t0); //net: 812
 wire cflag_shift_inc_dec_mem_or_t0 = carry_flag & ~shift_inc_dec_mem_or_t0_n; //net: 1044
 wire should_set_carry_n = ~(cflag_shift_inc_dec_mem_or_t0 & (pla[52] | pla[53])); //pla[52,53]: op-T0-adc/sbc, op-rol/ror
 wire c_set = ~(~pla[54] & should_set_carry_n);  //net: 473; pla[54]: op-T3-jmp
 wire pre_alu_cin_n = ~(return_and_adl_add_c2 | inc_sb_c2 | bb_or_cpxy_or_inxy_c2 | c_set_c2); //net: 1178

 /*************************************************************************************************
 *
 *                                      zero_add & sb_add
 * zero_add = load zero into alu_input_a register
 * sb_add  = load special bus into alu_input_a_register
 *
 * One or the other of these will fire on every cycle to load the a-side alu register.
 * zero_add will fire when a zero needs to be loaded into the a-side alu register, otherwise the
 * contents of the special bus will be loaded via sb_add.  Zero is often loaded into the ALU in order
 * to increment the b-side alu value by setting the carry in bit and doing a sum operation.
 *
 *************************************************************************************************/
 reg pre_zero_add_n_c2; //net: 1027
 //pla[30,31,45,47,48]: op-jmp, op-T2-abs, op-T4-ind-x, op-rti/rts, op-T2-jsr
 wire pre_zero_add_n = ~(stack_op_rdy | break_done | inc_sb | ~rdy | pla[30] | pla[31] | pla[45] | pla[47] | pla[48]); //net: 1649
 assign zero_add = (~pre_zero_add_n_c2 & clk_1);  //net: 984

 assign sb_add = (pre_zero_add_n_c2 & clk_1); //net: 549; opposite of zero_add

/*************************************************************************************************
 *
 *                                       ALU commands:
 *  alu_sums = A + B
 *  alu_ands = A & B
 *  alu_xors = A ^ B = exclusive or
 *  alu_ors = A | B
 *  alu_srs = shift right
 *
 *  The ALU always does one of these commands on every cycle as alu_sums is the default command if
 *  none of the other commands is active.
 *
 *************************************************************************************************/
 reg op_ands_c2; //net: 1574
 reg op_eors_c2; //net: 982
 reg op_ors_c2;  //net: 88
 reg op_srs_c2;  //net: 73
 reg op_sums_c2; //net: 1216
 wire op_eors = pla[29]; //net: 1689 (1623 twice negated); pla[29]: op-T0-eor (exclusive or)
 wire op_ors = pla[32] | ~rdy; //net: 1145; pla[32]: op-T0-ora
 wire op_srs = pla[75] | (pla[76] & shift_inc_dec_mem_c1); //net: 934; shift right; pla[75,76]: op-T0-shift-right-a, op-shift-right
 wire op_sums = ~(op_ands | op_eors | op_ors | op_srs); //net: 1196

 /*************************************************************************************************
 *
 *                                      add_adl
 * Drive the contents of the adder hold register onto the address data low bus
 *
 *************************************************************************************************/
 //pla[16,84-89]: op-T5-rti, op-T5-rts, op-T4, op-T3, op-T0-brk/rti, op-T0-jmp, op-T5-ind-x
 wire no_adl = ~(pla[26] | pla[84] | pla[85] | pla[86] | pla[87] | pla[88] | pla[89]); //net: 256
 wire pre_add_adl = ~(adh_math | no_adl); //net: 25

 /*************************************************************************************************
 *
 *                                      add_sb06 & add_sb7
 * add_sb06 = Drive the contents of the adder hold register bits 0-6 onto the special bus bits 0-6
 * add_sb7  = Drive the contens of the adder hold register bit 7 on the special bus bit 7
 *
 * Most of the time add_sb06 and add_sb7 work in unison to load the alu results onto the special bus.
 * However if the carry flag is set and we are doing a rotate right (ROR) operation, add_sb7 will stay
 * low so bit 7 of the special bus remains pulled up to reflect a 1.
 *
 *************************************************************************************************/
 //add_sb06
 //pla[56]: op-T5-jsr
 wire pre_add_sb06_n = ~(adh_math | t_res_1_c1 | shift_inc_dec_mem_rdy_c2_c1 | pla[56] | stack_op_rdy); //net: 1130

 //add_sb7
 /*
 * need_sb7_c1; net: 1175 needed for add_sb7
 */
 reg need_sb7_c1; //net: 1175
 reg need_sb7_c1_c2; // net: 685
 reg carry_flag_c2; //net: 1714
 reg rdy_srs_c2; //net: 1008
 wire rdy_srs = rdy_c1 & srs; //net: 169
 wire carry_srs = ~carry_flag_c2 & rdy_srs_c2;
 //since need_sb7_n depends on a circular path with need_sb7_c1_c2 we need a few clock cycles to stabilize
 wire need_sb7_n = (need_sb7_c1_c2 === 1'bx) ? 1'b1 : ~(carry_srs | (~rdy_srs_c2 & need_sb7_c1_c2)); //net: 262

 //add_sb7
 reg srs_c2;  //net: 73
 reg srs_c2_c1_n; //net: 785
 //pla[75,76]: op-T0-shift-right-a, op-shift-right
 wire srs = pla[75] | (shift_inc_dec_mem_c1 & pla[76]);  //net: 934; shift right
 wire drive_sb7 = ~(need_sb7_c1 | srs_c2_c1_n | ~pla[27]); //net: 267; pla[27] = op-ror
 wire pre_add_sb7 = ~(pre_add_sb06_n | drive_sb7); //net: 80

 /*************************************************************************************************
 *
 *                                       p_db & db_p
 * p_db = Drive contents of status register onto internal data bus.
 * db_p = Set the carry, zero, and interrupt flags to bits 0, 1, and 2 of the internal databus respectively.
 *   NOTE: The Hanson block diagram has individual signals: DB0_C, DB1_C, and DB2_I but they are all driven by the
 *   same signal, net: 781, so we combine them all and name the common signal: db_p.
 *
 * p_db is asserted during breaks (rest and interrupts) and when pushing the staus on the stack (php)
 * db_p is asserted when returning from an interrupt and when pulling status from the stack (plp)
 *
 *************************************************************************************************/
 //p_db net: 1042
 wire pre_p_db_n = ~(pla[98] | pla[99]); //net: 1391;  pla[98,99]: op-T4-brk, op-T2-php

 //db_p net: 781
 reg pd_load_n_c2; //net: 199
 wire pd_load_n = ~(pla[114] | pla[115]); //net: 327; pla[114,115]: op-T0-plp, x-op-T4-rti
 assign db_p = ~(~rdy | pd_load_n_c2); //net: 781

 /*************************************************************************************************
 *
 *                                       db7_n_flag
 * Set the negative_flag according to bit 7 of the internal databus
 *
 *************************************************************************************************/
 reg pla_109_c2; //net: 1673; pla[109] = op-T+-bit
 assign db7_n_flag = ~(pla_109_c2 | (~dbz_z_flag & pd_load_n_c2)); //net: 754

 /*************************************************************************************************
 *
 *                                       dbz_z_flag
 * Set Z flag if internal data bus equals zero, otherwise clear it.
 *
 *************************************************************************************************/
 wire z_test = ~z_test_n; //net: 885
 wire pre_dbz_z_n = ~(z_test | pla[109] | acr_c_flag); //net: 513; pla[109] = op-T+-bit

 /*************************************************************************************************
 *
 *                                       ir5_i_flag
 * Set the interrupt_flag according to instruction register bit 5. net: 1662
 * Active for CLI and SEI instructions which clear and set the interrupt disable flag.
 *
 *************************************************************************************************/
 wire pre_ir5_i_flag_n = ~pla[108]; //net: 1065; pla[108] = op-T0-cli/sei

 /*************************************************************************************************
 *
 *                                        carry flag:
 *                              db0_c_flag & ir5_c_flag & acr_c_flag
 * db0_c_flag = Set carry flag according to bit 0 of internal data bus: net 507
 * ir5_c_flag = Set carry flag according it instruction register 5 bit. net: 253
 * acr_c_flag = Set carry_flag according to alu carry_out. net: 954
 *
 *************************************************************************************************/
 //db0_c_flag
 wire pre_db0_c_flag_n = ~(db_p | op_srs); //net: 1601
 //ir5_c_flag
 wire pre_ir5_c_flag_n = ~pla[110];  //net: 889; pla[110] = op-T0-clc/sec

//acr_c_flag
//pla[112,116-119, 107]: x-op-T+-adc/sbc, op-T+-cmp, op-T+-cpx/cpy-abs, op-T+-asl/rol-a, op-T+-cpx/cpy-imm/zp, op-asl/rol
 wire pre_acr_c_flag_n = ~(pla[112] | pla[116] | pla[117] | pla[118] | pla[119] | (pla[107] & shift_inc_dec_mem_rdy_c2_c1)); //net: 252


 /*************************************************************************************************
 *
 *                                       ir5_d_flag
 * Set the dmode_flag (decimal mode flag) according to instruction register bit 5. net: 1492
 * Active for CLD and SED instructions which clear and set the decimal mode flag.
 *
 *************************************************************************************************/
 wire pre_ir5_d_flag_n = ~pla[120]; //net: 774; pla120 = op-T0-cld/sed

 /*************************************************************************************************
 *
 *                                      Overflow flag
 *
 * db6_v_flag = Set the overflow_flag according to bit 6 of the internal databus.
 * avr_v_flag = Set the overflow flag according to the alu overflow output
 * set_v_flag = Set the overflow flag
 * clr_v_flag = Clear the overflow flag
 *
 *************************************************************************************************/
 //db6_v_flag; net: 1111
 reg pla113_c2;
 assign db6_v_flag = ~(pd_load_n_c2 & ~pla113_c2); //net: 1111

 //avr_v_flag; net: 1436
 wire pre_avr_v_flag = pla[112]; //net: 1155; pla[112] = x-op-T+-adc/sbc

 //set_v_flag
 reg so_n_c1; //net: 1024
 reg so_n_c1_c2; //net: 1699
 reg so_n_c1_c2_c1_n; //net: 1274
 wire pre_set_v_flag = ~(so_n_c1 | so_n_c1_c2_c1_n); //net: 1069

 //clr_v_flag
 wire pre_clr_v_flag = pla[127]; //net: 1164; pla[127] = op-clv

/*************************************************************************************************
 *
 *                          RW_N
 * read memory if high, write memory if low.
 *
 * we write if we are doing any of the following:
 *  - a memory store operation
 *  - a memory shift operation
 *  - writing to the stack due to a stack push or interrupt
 *  - saving the current program counter (due to jsr, branch, etc)
 *
 *************************************************************************************************/
 //RW_N; net: 1156 (buffer of 834)
 reg mem_write_n_c2; //net: 1131
 wire pch_or_pcl_db = ~(pre_pch_db_n & pre_pcl_db_n_c1); //net: 1642; driving db bus with pch or pcl
 //pla[98, 100]: op-T4-brk, op-T2-php/pha
 wire mem_write_n = ~(shift_inc_dec_mem_c1 | shift_inc_dec_mem_rdy_c2_c1 | pla[98] | pla[100] | store | pch_or_pcl_db); //net: 1352
 wire mem_write_rdy = ~mem_write_n_c2 & rdy & ~res_g; //net: 187

 /*************************************************************************************************
  *
  *                          latched signals on clk_1 or clk_2
  *
  *************************************************************************************************/

  /*
   * latch signals on clk_1
   */
  always @(*)
  if (clk_1)
    begin
      rdy_c1 <= rdy;
      rdy_c2_c1 <= rdy_c2;
      t_res_1_c1 <= t_res_1;
      t_res_x_c1 <= t_res_x;
      alu_cout_held_if_not_rdy_c1 <= alu_cout_held_if_not_rdy;
      shift_inc_dec_mem_c1 <= shift_inc_dec_mem;
      shift_inc_dec_mem_rdy_c2_c1 <= shift_inc_dec_mem_rdy_c2;
      short_circuit_n_c1 <= short_circuit_n;
      branch_back_c1 <= branch_back;
      RW_N <= ~mem_write_rdy;
      b_out_n_c1 <= b_out_n;
      short_circuit_branch_add_c1 <= short_circuit_branch_add;
      inc_pc_c_c1 <= inc_pc_c;
      pre_pcl_db_n_c1 <= ~pre_pcl_db;
      alu_cin_n <= pre_alu_cin_n;
      alu_ands <= op_ands_c2;
      alu_eors <= op_eors_c2;
      alu_ors <= op_ors_c2;
      alu_srs <= op_srs_c2;
      alu_sums <= op_sums_c2;
      srs_c2_c1_n <= ~srs_c2;
      need_sb7_c1 <= ~need_sb7_n;
      so_n_c1 <= SO_N;
      so_n_c1_c2_c1_n <= ~so_n_c1_c2;
      daa_n <= pre_daa_n_c2;
      dsa_n <= pre_dsa_n_c2;
    end

  /*
   * latch signals on clk_2
   */
  always @(*)
  if (clk_2)
    begin
      rdy_c2 <= rdy;
      rdy_c1_c2 <= rdy_c1;
      res_p_c2 <= res_p;
      ind_y_or_abs_idx <= ~(pla[91] | pla[92]);
      alu_cout_held_if_not_rdy_c1_c2 <= alu_cout_held_if_not_rdy_c1;
      op_shift_inc_dec_mem_c2 <= op_shift_inc_dec_mem;
      shift_inc_dec_mem_rdy_c2 <= shift_inc_dec_mem_rdy;
      shift_inc_dec_mem_c1_c2 <= shift_inc_dec_mem_c1;
      pre_fetch_n_c2 <= pre_fetch_n;
      force_t_res_x_c2 <= force_t_res_x;
      t2_br_c2 <= pla[80]; //pla[80] is the same as net 967 (aka nnT2BR)
      op_t3_branch_rdy_c2 <= op_t3_branch_rdy;
      branch_back_c1_c2 <= branch_back_c1;
      short_circuit_hold_c2 <= short_circuit_hold;
      dl_db <= ~pre_dlb_db_n;
      dl_adl <= ~pre_dl_adl_n;
      dl_adh <= ~pre_dl_adh_n;
      zero_adh0 <= ~pre_dl_adl_n;  //same as dl_adl
      zero_adh17 <= ~pre_zero_adh17_n;
      pre_pch_db_n_c2 <= pre_pch_db_n;
      pch_db <= ~pre_pch_db_n;
      pcl_db <= ~pre_pcl_db_n_c1;
      sb_adh <= ~pre_sb_adh_n;
      pre_adh_pch_n_c2 <= pre_adh_pch_n;
      adh_abh <= ~pre_adh_abh_n;
      adl_abl <= ~pre_adl_abl_n;
      pcl_adl <= ~pre_pcl_adl_n;
      pre_adl_pcl_n_c2 <= pre_adl_pcl_n;
      pre_pcl_pcl_n_c2 <= pre_pcl_pcl_n;
      pre_sb_ac_n_c2 <= pre_sb_ac_n;
      pre_ac_db_n_c2 <= pre_ac_db_n;
      pre_ac_sb_n_c2 <= pre_ac_sb_n;
      pre_sb_x_n_c2 <= pre_sb_x_n;
      pre_x_sb_n_c2 <= pre_x_sb_n;
      pre_sb_y_n_c2 <= pre_sb_y_n;
      pre_y_sb_n_c2 <= pre_y_sb_n;
      next_pc_n_c2 <= next_pc_n;
      pch_adh <= ~pre_pch_adh_n;
      sb_db <= ~pre_sb_db_n;
      s_adl <= ~pre_s_adl_n;
      pre_sb_s_n_c2 <= pre_sb_s_n;
      s_sb <= ~pre_s_sb_n;
      mem_write_n_c2 <= mem_write_n;
      pre_adl_add_n_c2 <= pre_adl_add_n;
      pre_not_db_add_n_c2 <= pre_not_db_add_n;
      pre_db_add_n_c2 <= pre_db_add_n;
      bb_or_cpxy_or_inxy_c2 <= bb_or_cpxy_or_inxy;
      inc_sb_c2 <= inc_sb;
      return_and_adl_add_c2 <= return_and_adl_add;
      c_set_c2 <= c_set;
      op_ands_c2 <= op_ands;
      op_eors_c2 <= op_eors;
      op_ors_c2 <= op_ors;
      op_srs_c2 <= op_srs;
      op_sums_c2 <= op_sums;
      add_adl <= pre_add_adl;
      add_sb06 <= ~pre_add_sb06_n;
      add_sb7 <= pre_add_sb7;
      srs_c2 <= srs;
      rdy_srs_c2 <= rdy_srs;
      carry_flag_c2 <= carry_flag;
      need_sb7_c1_c2 <= need_sb7_c1;
      pre_zero_add_n_c2 <= pre_zero_add_n;
      p_db <= ~pre_p_db_n;
      pd_load_n_c2 <= pd_load_n;
      pla_109_c2 <= pla[109];
      ir5_i_flag <= ~pre_ir5_i_flag_n;
      db0_c_flag <= ~pre_db0_c_flag_n;
      ir5_c_flag <= ~pre_ir5_c_flag_n;
      acr_c_flag <= ~pre_acr_c_flag_n;
      dbz_z_flag <= ~pre_dbz_z_n;
      ir5_d_flag <= ~pre_ir5_d_flag_n;
      pla113_c2 <= pla[113];
      avr_v_flag <= pre_avr_v_flag;
      set_v_flag <= pre_set_v_flag;
      clr_v_flag <= pre_clr_v_flag;
      so_n_c1_c2 <= so_n_c1;
      pre_daa_n_c2 <= pre_daa_n;
      pre_dsa_n_c2 <= pre_dsa_n;
    end

endmodule